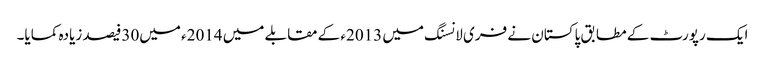
ایک رپورٹ کے مطابق پاکستان نے فری لانسنگ میں 2013ء کے مقابلے میں 2014ء میں30فیصد زیادہ کمایا۔